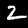
Digit: 2